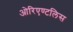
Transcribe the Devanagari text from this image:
ओरिएण्टलिस